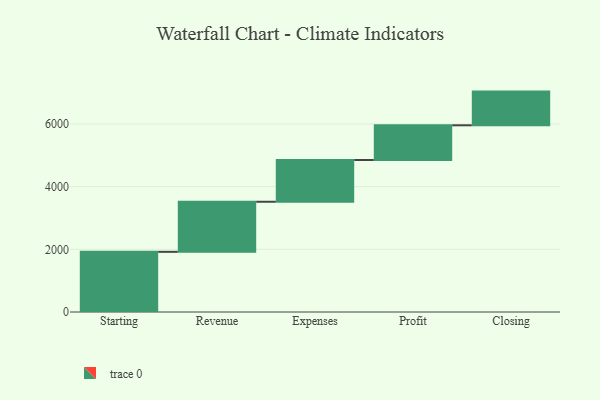
{"axis": {"x": "Step", "y": "Value"}, "legend": [""], "data": [{"x": "Starting", "y": 1920.0, "type": ""}, {"x": "Revenue", "y": 1598.0, "type": ""}, {"x": "Expenses", "y": 1333.0, "type": ""}, {"x": "Profit", "y": 1107.0, "type": ""}, {"x": "Closing", "y": 1075.0, "type": ""}]}